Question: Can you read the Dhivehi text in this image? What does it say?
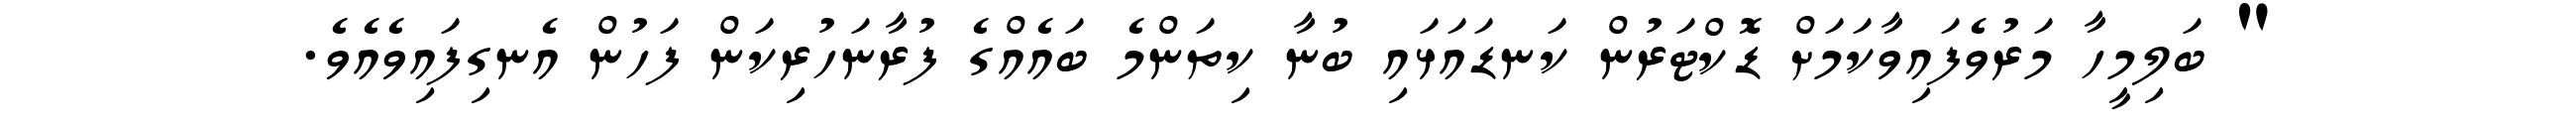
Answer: " ބަލިމީހާ މަރުވެފައިވާކަމަށް ޑޮކްޓަރުން ކަނޑައަޅައި ބުނާ ކިތަންމެ ބައެއްގެ ފުރާނަހުރިކަން ފަހުން އެނގިފައިވެއެވެ.